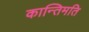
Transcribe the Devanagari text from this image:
कान्तिमति